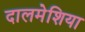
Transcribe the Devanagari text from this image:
दालमेशिया